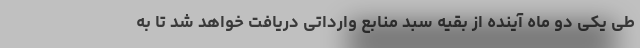
طی یکی دو ماه آینده از بقیه سبد منابع وارداتی دریافت خواهد شد تا به